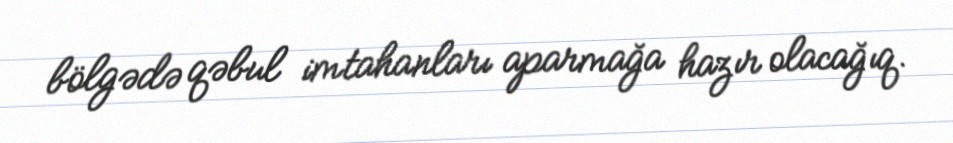
bölgədə qəbul imtahanları aparmağa hazır olacağıq.